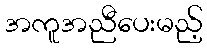
အကူအညီပေးမည့်